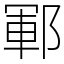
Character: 鄆